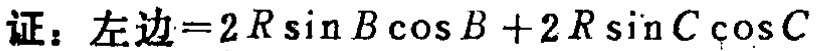
证：左边\(=2R\sin B\cos B + 2R\sin C\cos C\)